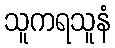
သူကရသူနံ